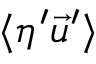
\langle \eta ^ { \prime } \vec { u } ^ { \prime } \rangle